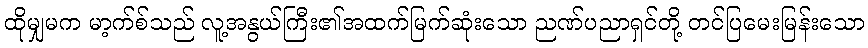
ထိုမျှမက မာ့က်စ်သည် လူ့အနွယ်ကြီး၏အထက်မြက်ဆုံးသော ညဏ်ပညာရှင်တို့ တင်ပြမေးမြန်းသော